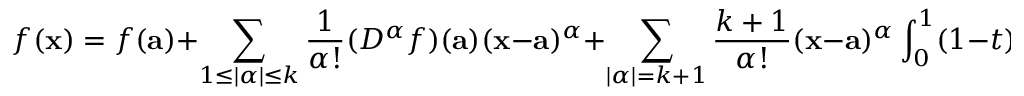
f ( \mathbf { x } ) = f ( \mathbf { a } ) + \sum _ { 1 \leq | \alpha | \leq k } { \frac { 1 } { \alpha ! } } ( D ^ { \alpha } f ) ( \mathbf { a } ) ( \mathbf { x } - \mathbf { a } ) ^ { \alpha } + \sum _ { | \alpha | = k + 1 } { \frac { k + 1 } { \alpha ! } } ( \mathbf { x } - \mathbf { a } ) ^ { \alpha } \int _ { 0 } ^ { 1 } ( 1 - t ) ^ { k } ( D ^ { \alpha } f ) ( \mathbf { a } + t ( \mathbf { x } - \mathbf { a } ) ) \, d t .